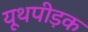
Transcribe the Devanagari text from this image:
यूथपीड़क